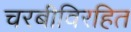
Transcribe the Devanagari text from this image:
चरबीविरहित